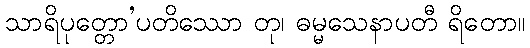
သာရိပုတ္တော’ပတိဿော တု၊ ဓမ္မသေနာပတီ ရိတော။